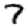
Digit: 7